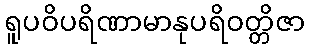
ရူပဝိပရိဏာမာနုပရိဝတ္တိဇာ